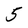
Character: 5